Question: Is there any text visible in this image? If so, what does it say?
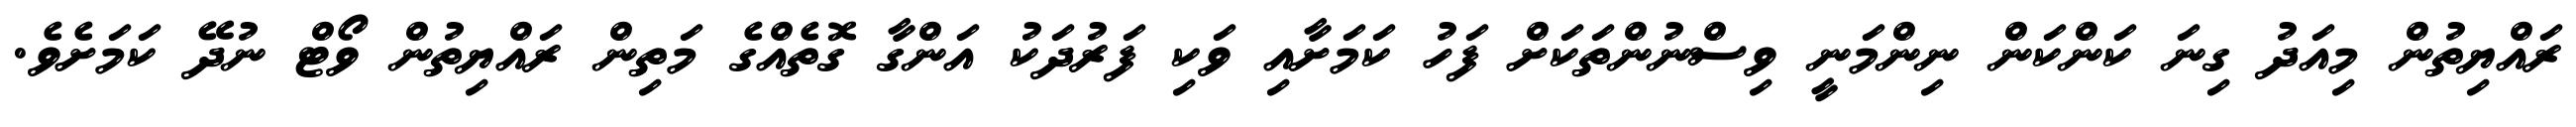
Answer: ރައްޔިތުން މިއަދު ގިނަ ކަންކަން ނިންމަނީ ވިސްނުންތަކަށް ފަހު ކަމަށާއި ވަކި ފަރުދަކު އަންގާ ގޮތެއްގެ މަތިން ރައްޔިތުން ވޯޓް ނުދޭ ކަމަށެވެ.